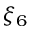
\xi _ { 6 }